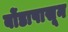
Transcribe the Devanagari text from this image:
बोंडापासून